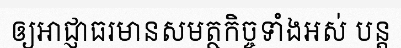
ឲ្យអាជ្ញាធរមានសមត្ថកិច្ចទាំងអស់ បន្ត